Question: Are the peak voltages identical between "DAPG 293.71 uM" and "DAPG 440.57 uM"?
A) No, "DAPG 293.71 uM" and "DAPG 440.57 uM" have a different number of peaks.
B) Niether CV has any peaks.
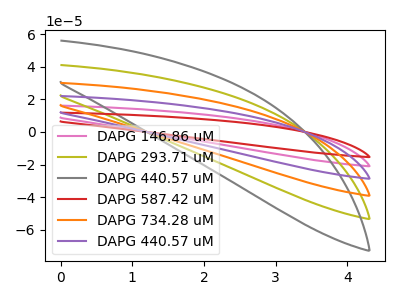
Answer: <think>The pink curve "DAPG 146.86 uM" has no peaks. The olive curve "DAPG 293.71 uM" has no peaks. The gray curve "DAPG 440.57 uM" has no peaks. The red curve "DAPG 587.42 uM" has no peaks. The orange curve "DAPG 734.28 uM" has no peaks. The purple curve "DAPG 440.57 uM" has no peaks.</think>
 <answer>B) Niether CV has any peaks.</answer>
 <eval>B</eval>